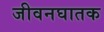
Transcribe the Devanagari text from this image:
जीवनघातक